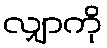
လျှာကို